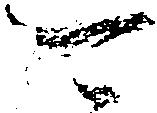
可